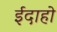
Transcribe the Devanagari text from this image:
ईदाहो